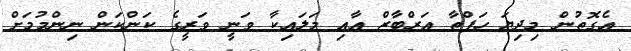
އެގޮތުން މިދިޔަ ހަފްތާ އަރްބާޒް އާއި މަލައިކާ ވަނީ ވަރީގެ ކަންކަން ނިންމުމަށް